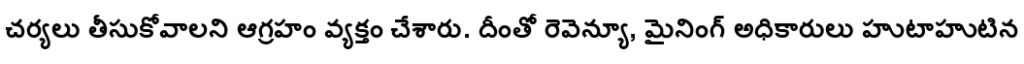
చర్యలు తీసుకోవాలని ఆగ్రహం వ్యక్తం చేశారు. దీంతో రెవెన్యూ, మైనింగ్ అధికారులు హుటాహుటిన